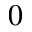
0